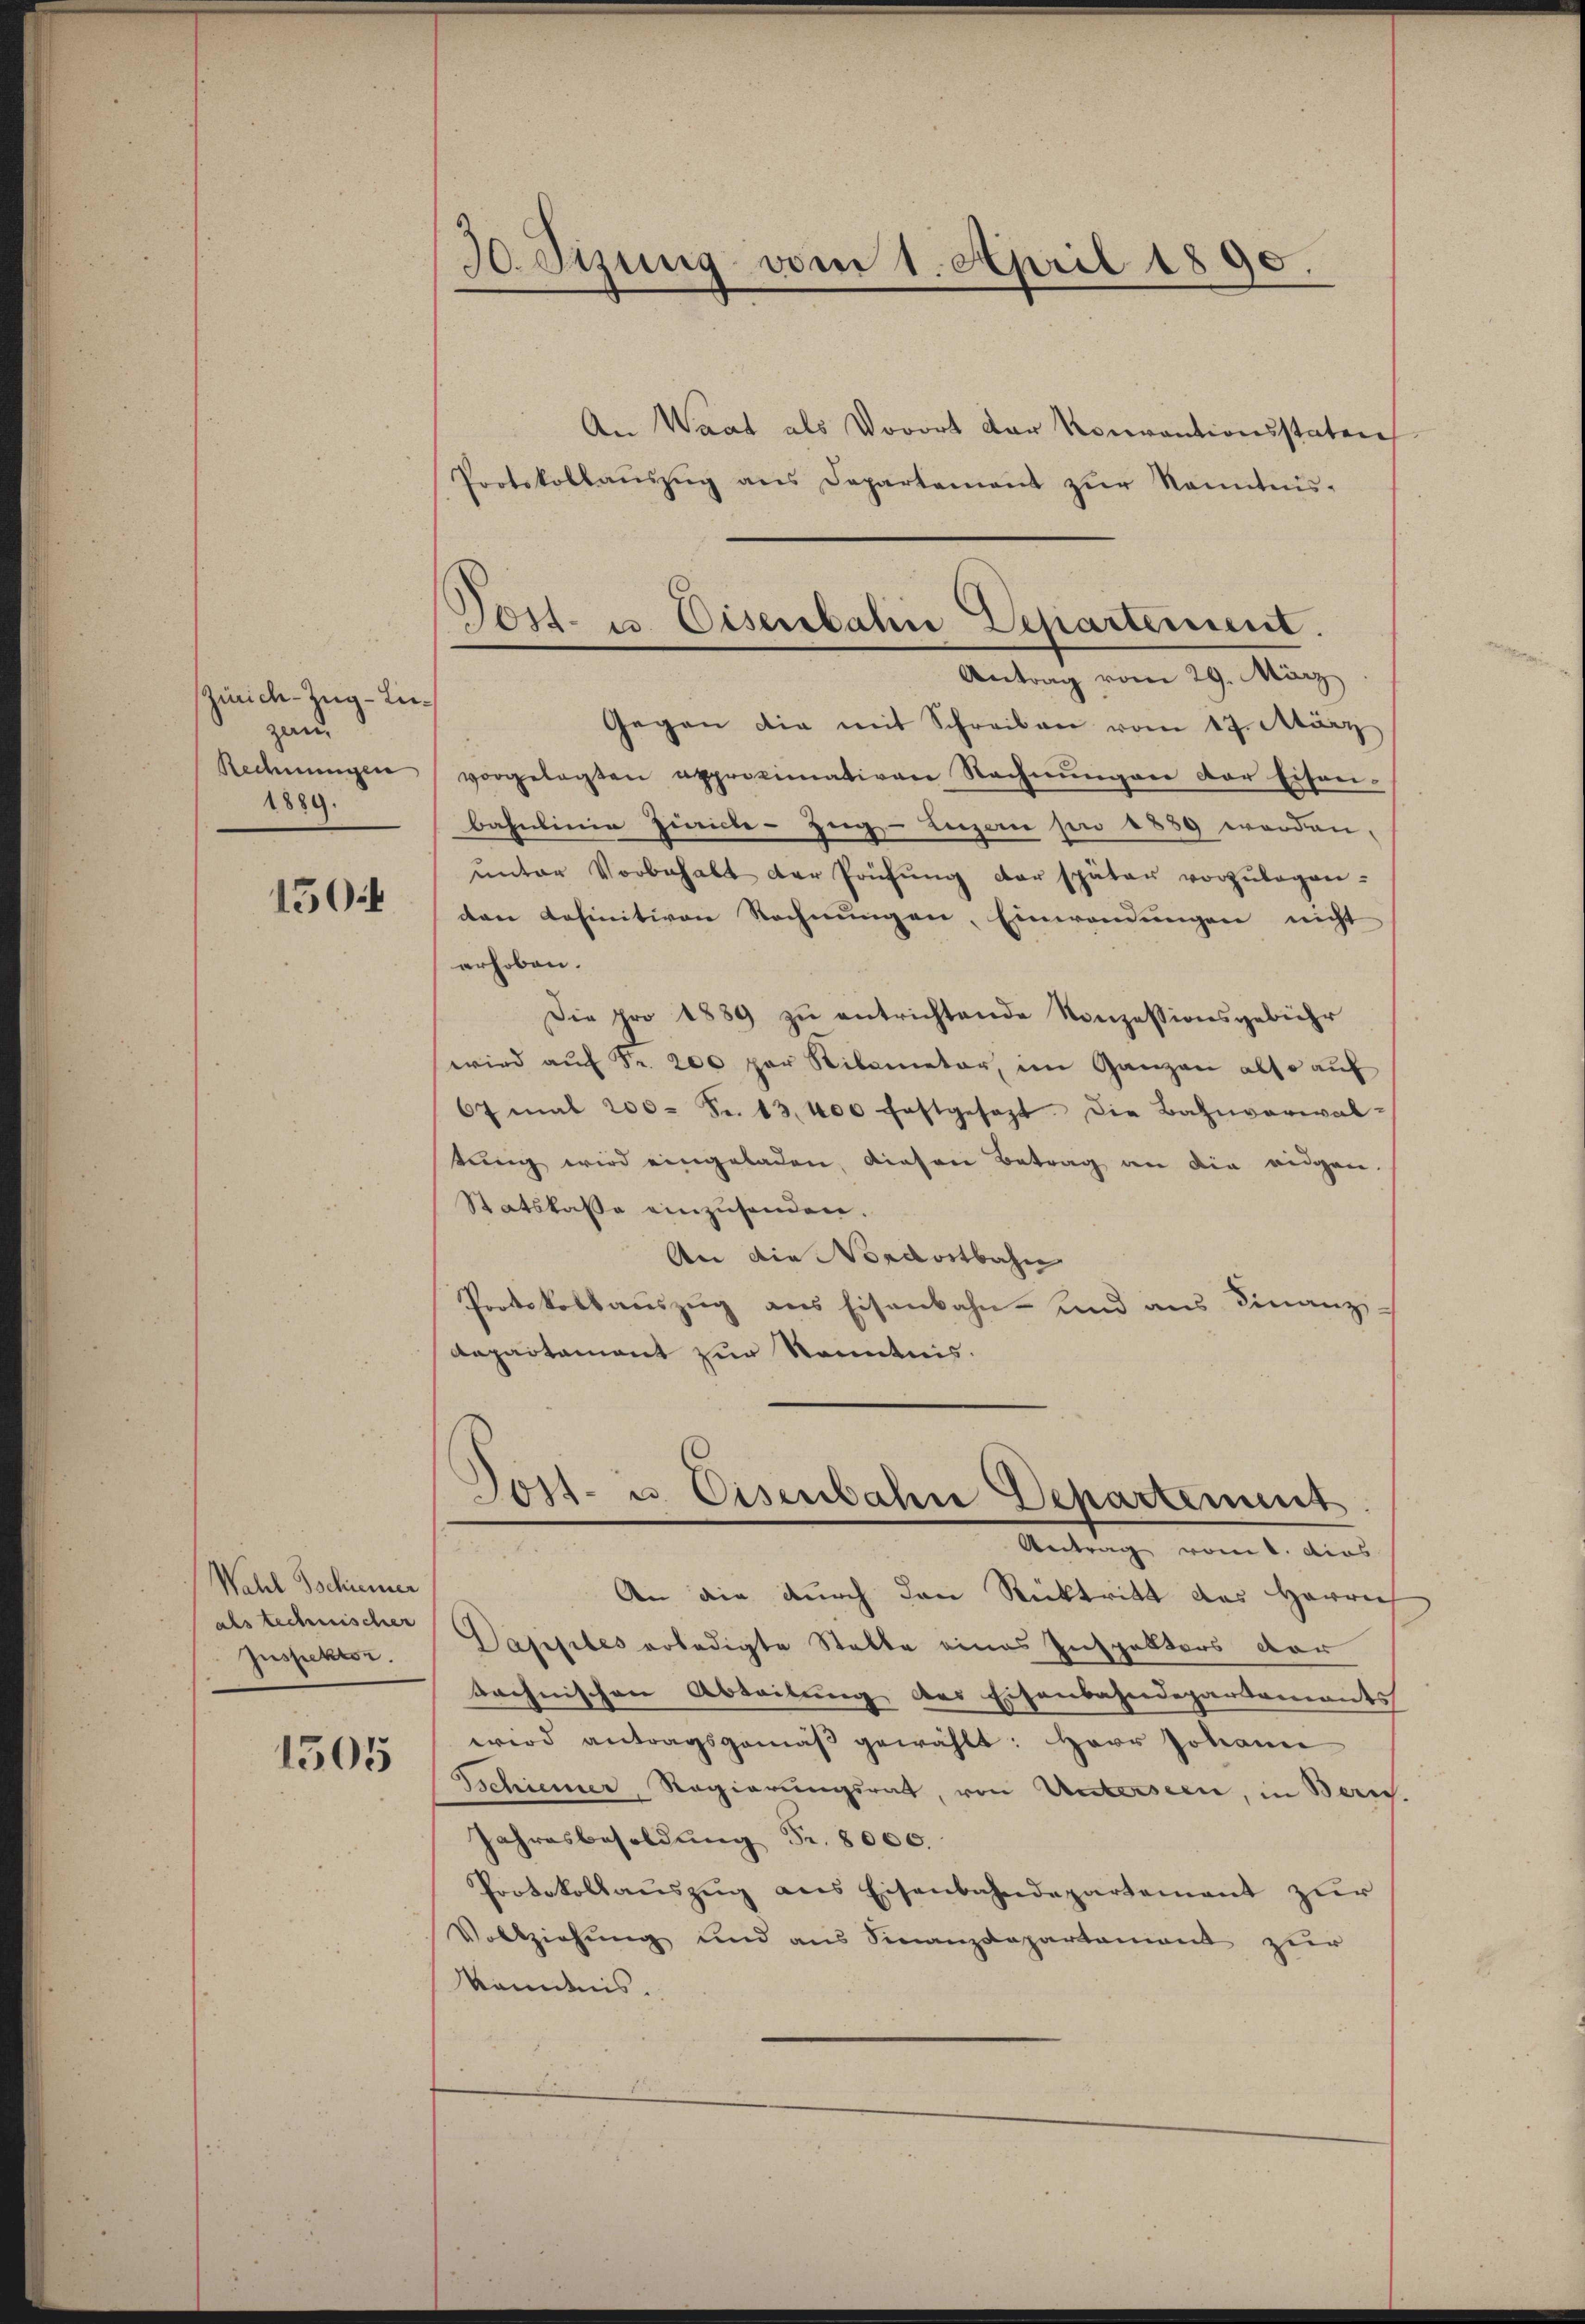
Zürich-Zug-Inzen,
Rechnungen
1889.

150

Wahl Tschiener
als technischer
Inspektor.

1505

30. Sizung vom 1. April 1890.

Post- u. Eisenbalin Departement.
Antrag vom 29. März

Post- u. Eisenbahn Departement
Antrag vom 1. dies

An Waat als Vorort der Konventionsstaten
Protokollaŭszŭg ans Departement zŭr Kenntnis-
Gegen die mit Schreiben vom 17. März
vorgelegten approximativen Rechnŭngen der Eisen-
bahnlinie Zwicke-Zug- Luzern per 1889 worden.
ŭnter Vorbehalt der Prüfŭng der später vorzŭlegen-
den definitiven Rechnungen, Einwendungen nicht
erhoben.
Die pro 1889 zŭ entrichtende Konzessionsgebühr
wird aŭf Fr. 200 per Silometer, im Ganzen also auf
67 mal 200. S. 13,400 festgesezt. Die Bahnverwal-
tung wird eingeladen, diesen Betrag an die eidgen.
Statskasse einzusenden.
An die Nordostbahn
Protokollaŭszŭg ans Eisenbahn- und aus Finanz-
Dapartament zur Kenntnis.

An die durch den Rücktritt des Herrn
Dapples erledigte Statte eines Inspektors der
technischen Abteilung des Eisenbahndepartements
wird antragsgemäβ gewählt: Herr Johann
Sschiener, Regierungsrat, von Unterseen, in Bern.
Jahresbesoldung Fr. 8000.
Protokollaŭszŭg ans Eisenbahndepartement zŭr
Vollziehung und aus Sinanzdepartement zur
kändnis.
e
s